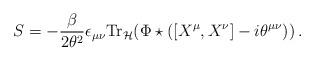
LaTeX: \begin{align*}S = -\frac{\beta}{2\theta^2} \epsilon_{\mu\nu}{\mathrm{Tr}}_{{\cal H}} (\Phi \star ([X^{\mu}, X^{\nu}] - i\theta^{\mu\nu}))\,. \end{align*}